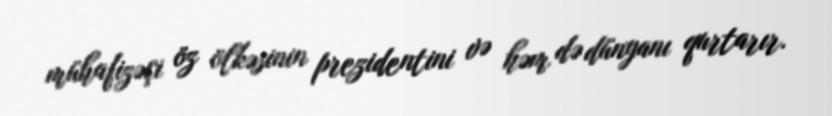
mühafizəçi öz ölkəsinin prezidentini və həm də dünyanı qurtarır.